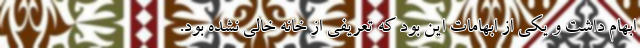
ابهام داشت و یکی از ابهامات این بود که تعریفی از خانه خالی نشده بود.